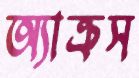
অ্যাক্রস